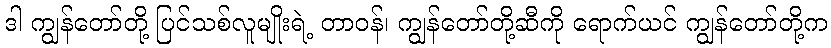
ဒါ ကျွန်တော်တို့ ပြင်သစ်လူမျိုးရဲ့ တာဝန်၊ ကျွန်တော်တို့ဆီကို ရောက်ယင် ကျွန်တော်တို့က